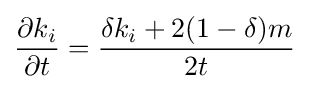
{\frac {\partial k_{i}}{\partial t}}={\frac {\delta k_{i}+2(1-\delta )m}{2t}}